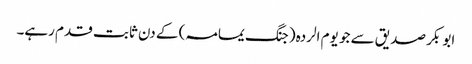
ابو بکر صدیق سے جو یوم الردہ (جنگ یمامہ) کے دن ثابت قدم رہے۔